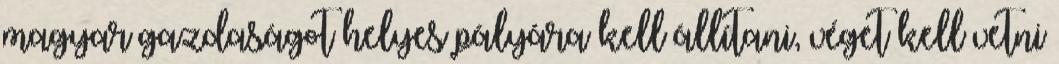
magyar gazdaságot helyes pályára kell állítani, véget kell vetni